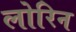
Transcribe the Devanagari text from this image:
लोरिन